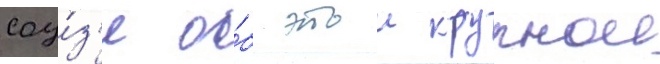
соу́з'е о́б этои крупнои